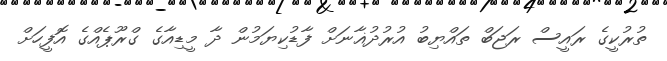
ތުރުކީގެ ރައީސް ރަޖަބް ތައްޔިބު އުރުދުޣާނަށް ފާޑުކިޔަމުން ދާ މީޑިއާގެ ގްރޫޕެއްގެ އޮފީހަށް